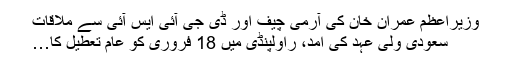
وزیراعظم عمران خان کی آرمی چیف اور ڈی جی آئی ایس آئی سے ملاقات
سعودی ولی عہد کی آمد، راولپنڈی میں 18 فروری کو عام تعطیل کا…